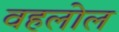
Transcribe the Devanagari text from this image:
वहलोल